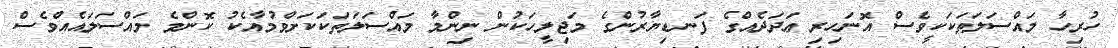
ހުރިހާ މައްސަލަތަކަކީވެސް އޮނަހިރި ޢަދަދެއްގެ ފަނޑިޔާރުންގެ މަޖިލީހަކުން ނިންމާ މައްސަލަތަކަކަށްވުމާއެކު ކޮންމެ މައްސަލައެއްވެސް